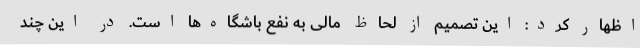
اظهار کرد: این تصمیم از لحاظ مالی به نفع باشگاه‌ها است. در این چند